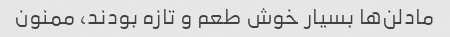
مادلن‌ها بسیار خوش طعم و تازه بودند، ممنون